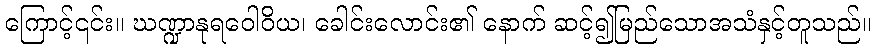
ကြောင့်၎င်း။ ဃဏ္ဍာနုရဝေါဝိယ၊ ခေါင်းလောင်း၏ နောက် ဆင့်၍မြည်သောအသံနှင့်တူသည်။